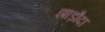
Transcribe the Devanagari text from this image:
झाड़ौदा